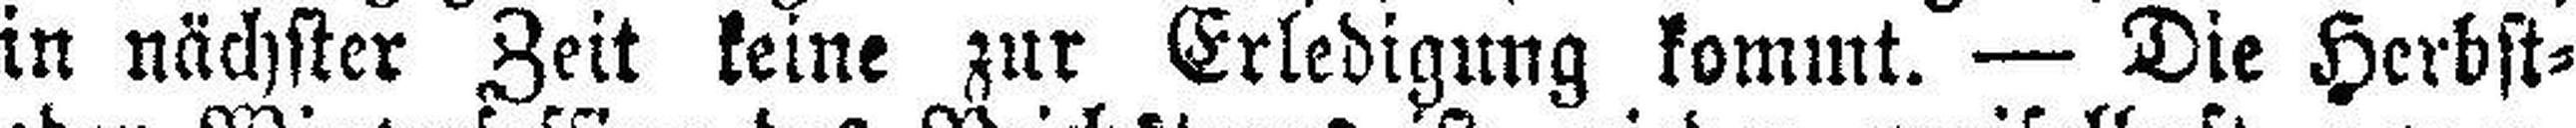
in nächster Zeit keine zur Erledigung kommt. — Die Herbst¬